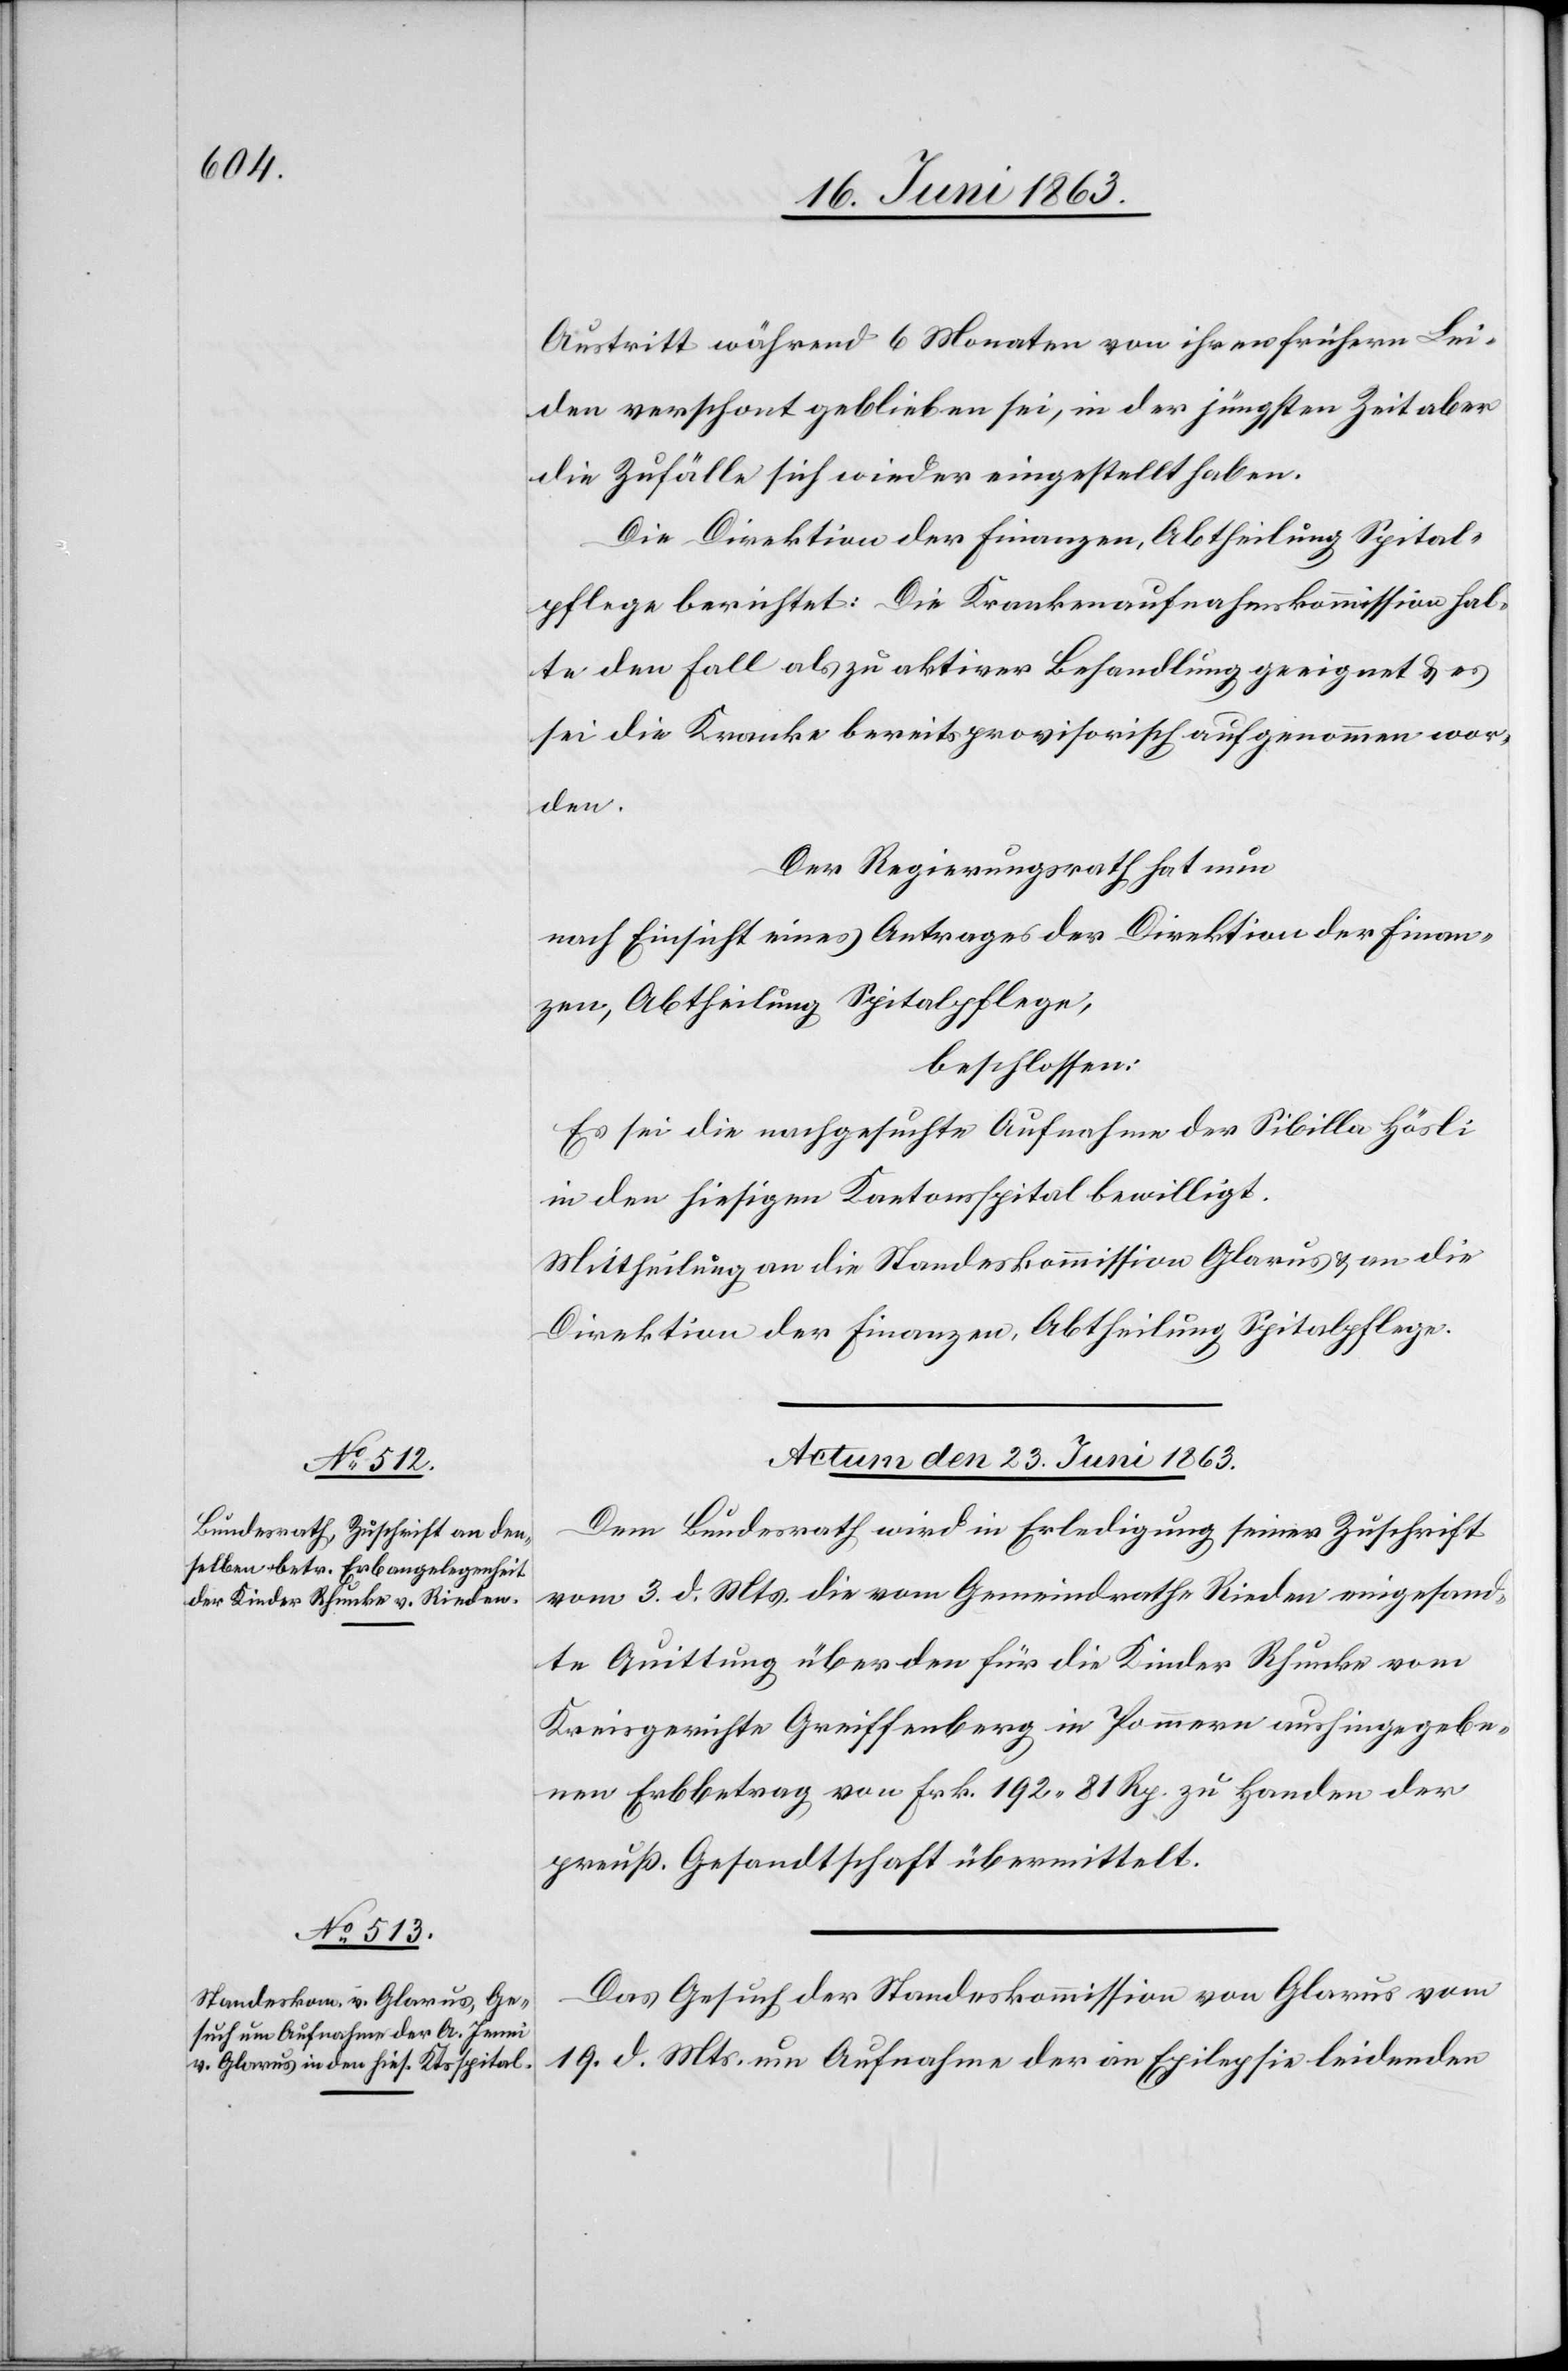
Austritt während 6 Monaten von ihren frühern Lei¬
den verschont geblieben sei, in der jüngsten Zeit aber
die Zufälle sich wieder eingestellt haben.
Die Direktion der Finanzen, Abtheilung Spital¬
pflege berichtet: Die Krankenaufnahmskommission hal¬
te den Fall als zu aktiver Behandlung geeignet & es
sei die Kranke bereits provisorisch aufgenommen wor¬
den.
Der Regierungsrath hat nun
nach Einsicht eines Antrages der Direktion der Finan¬
zen, Abtheilung Spitalpflege,
beschlossen:
Es sei die nachgesuchte Aufnahme der Sibilla Hösli
in den hiesigen Kantonsspital bewilligt.
Mittheilung an die Standeskommission Glarus & an die
Direktion der Finanzen, Abtheilung Spitalpflege.
Actum den 23. Juni 1863.]
Dem Bundesrath wird in Erledigung seiner Zuschrift
vom 3. d. Mts. die vom Gemeindrathe Rieden eingesand¬
te Quittung über den für die Kinder Rhunke vom
Kreisgerichte Greiffenberg in Pommern aushingegebe¬
nen Erbbetrag von Frk. 192. 81 Rp. zu Handen der
preuß. Gesandtschaft übermittelt.
Das Gesuch der Standeskommission von Glarus vom
19. d. Mts. um Aufnahme der an Epilepsie leidenden